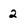
Character: 2